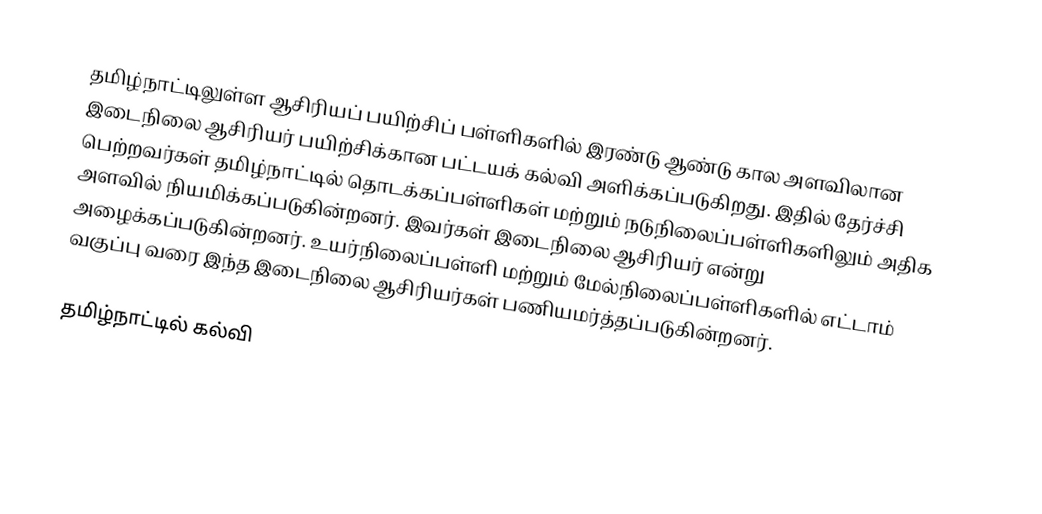
தமிழ்நாட்டிலுள்ள ஆசிரியப் பயிற்சிப் பள்ளிகளில் இரண்டு ஆண்டு கால அளவிலான இடைநிலை ஆசிரியர் பயிற்சிக்கான பட்டயக் கல்வி அளிக்கப்படுகிறது. இதில் தேர்ச்சி பெற்றவர்கள் தமிழ்நாட்டில் தொடக்கப்பள்ளிகள் மற்றும் நடுநிலைப்பள்ளிகளிலும் அதிக அளவில் நியமிக்கப்படுகின்றனர். இவர்கள் இடைநிலை ஆசிரியர் என்று அழைக்கப்படுகின்றனர். உயர்நிலைப்பள்ளி  மற்றும் மேல்நிலைப்பள்ளிகளில் எட்டாம் வகுப்பு வரை இந்த இடைநிலை ஆசிரியர்கள் பணியமர்த்தப்படுகின்றனர்.

தமிழ்நாட்டில் கல்வி